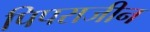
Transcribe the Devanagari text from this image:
पिपराजीन